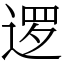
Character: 逻